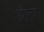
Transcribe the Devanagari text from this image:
झा्ल्या